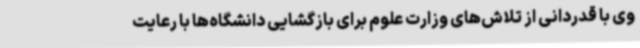
وی با قدردانی از تلاش‌های وزارت علوم برای بازگشایی دانشگاه‌ها با رعایت